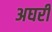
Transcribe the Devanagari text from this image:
अघरी